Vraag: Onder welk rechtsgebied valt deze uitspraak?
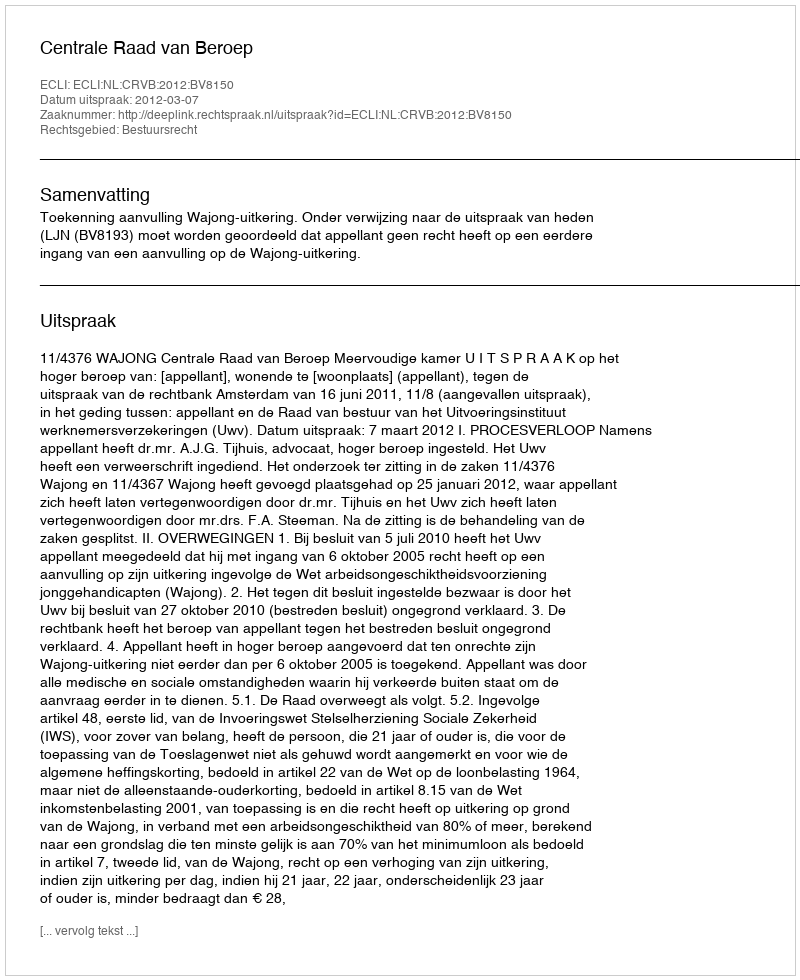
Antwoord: Bestuursrecht